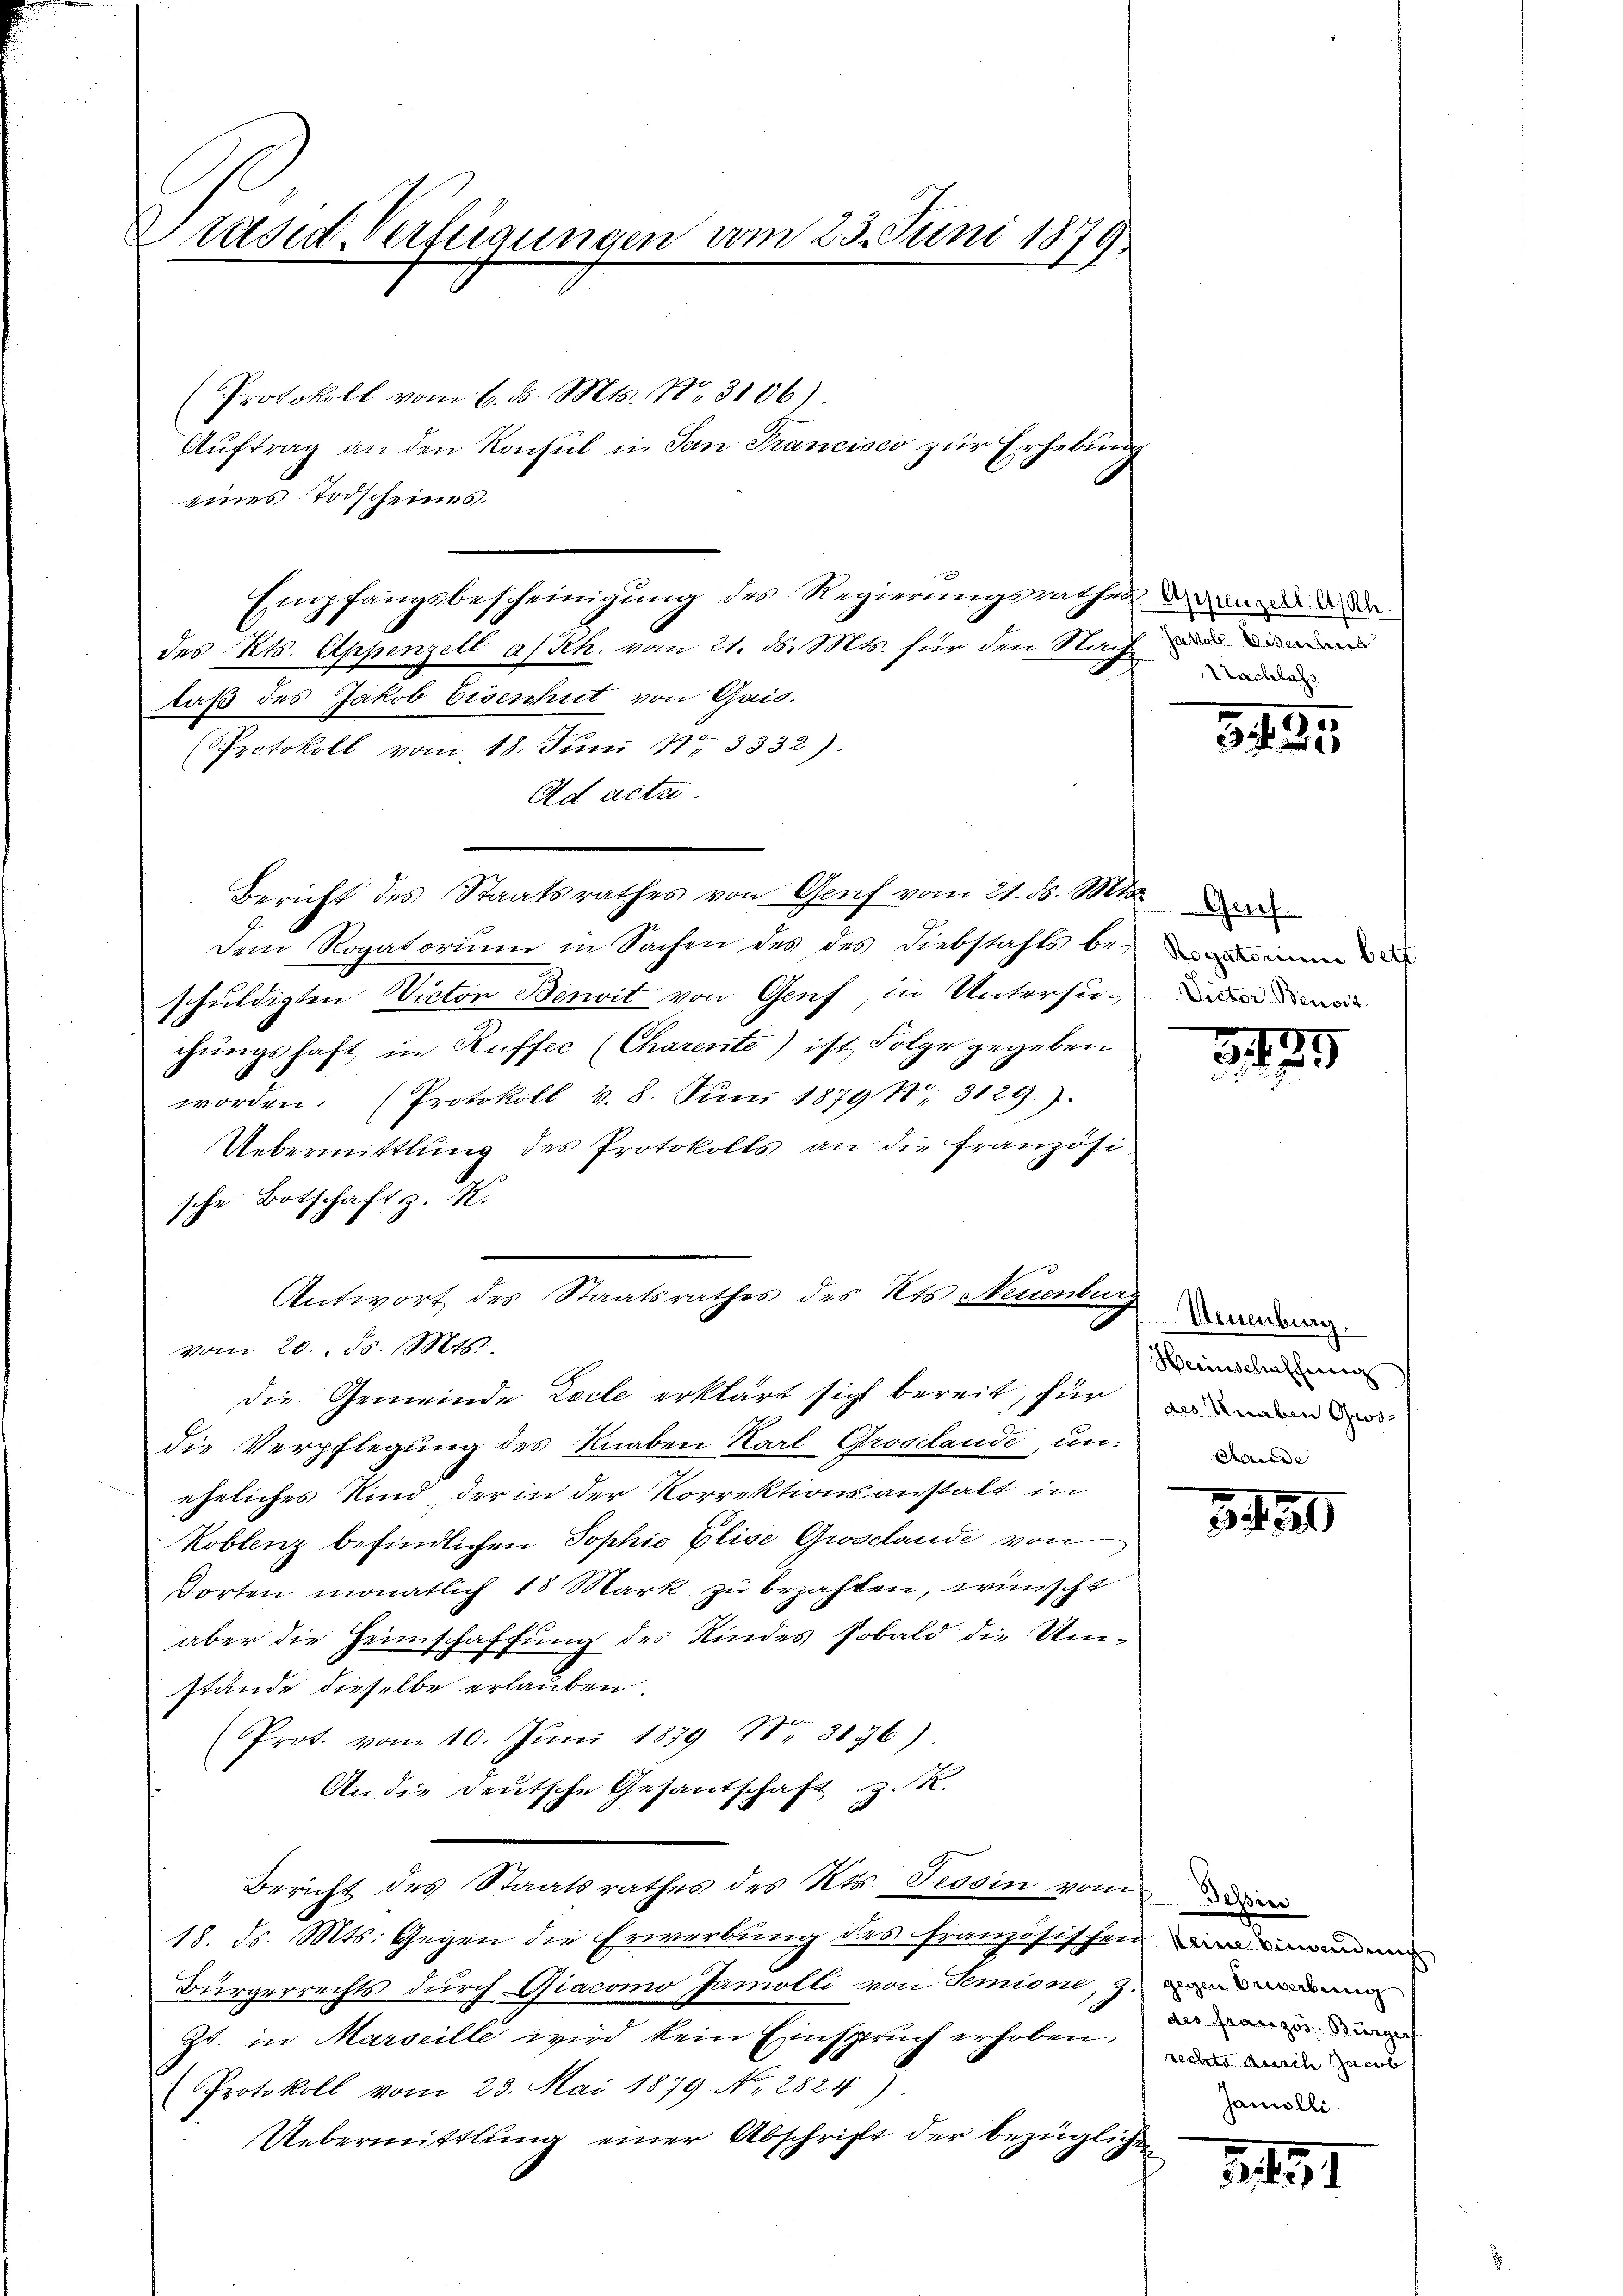
Präsid. Verfügungen vom 23. Juni 1879

Protokoll vom 6. d. Mts. No. 3106)
Auftrag an den Konsul in San Francisco zur Erhebung
eines Todscheines.
des Kts. Appenzell a/Rh. vom 21. ds. Mts. für den Nach und mein
daß des Jakob Eisenhut von Gais.
(PProtokoll vom 18. Juni 18. 3332).
Ad acta.
Bericht des Staatsrathes von Genf vom 21. ds. Mts. Dire
Dem Rogatorium in Sachen des des Diebstahls bei de
schuldigten Victon Benoit von Genf, in Untersuchungshaft in Ruffer (Charente) ist Folge gegeben.
worden. (Protokoll S. 8. Jŭni 18791. 3129.)
Uebermittlung des Protokolls an die Französische Botschaft z. K.
Antwort des Staatsrathes des Kts. Neuenburg
vom 20. ds. Mts.
die Gemeinde Zecle erklärt sich bereit, für
die Verpflegung des Knaben Karl Groselande, und
eheliches Kind, der in der Korrektionsanstalt in
Koblenz befindlichen Sophie Elise Grosclande von
dorten monatlich 18 Mark zu bezahlten, wünscht
aber die Heimschaffung des Kindes sobald die Umstände dieselbe erlauben.
Prot. vom 10. Jŭni 1879 Nr. 3176).
An die deutsche Gesantschaft z. R.
Bericht des Staatsrathes des Kts. Tessin vom
18. ds. Mts. Gegen die Erwerbung des französischen und
Bürgerrechts durch Giacomo Jamolli von Semine, z. Bunden
Zt. in Marseille wird kein Einspruch erhoben.
Protokoll vom 23. Mai 1879 No 2824),
Uebermittlung einer Abschrift der bezüglichen

Empfangsbescheinigung des Regierungsrathes an der den der

Nachlass

3. 134.

Victor Benoit.

1
333

Neuenburg.
Herischaffen
als Knaben Gwo¬

3 f 30

des französ. Bürgerf
rechte durch Jacob
Jamolli

451